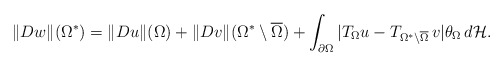
\begin{align*}\Vert Dw\Vert(\Omega^*)= \Vert Du\Vert(\Omega)+\Vert Dv\Vert(\Omega^*\setminus\overline{\Omega})+\int_{\partial \Omega}|T_{\Omega}u-T_{\Omega^*\setminus \overline{\Omega}}\,v|\theta_{\Omega}\,d\mathcal H.\end{align*}